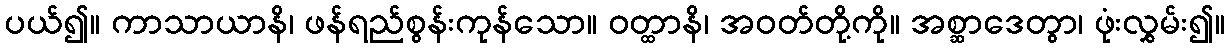
ပယ်၍။ ကာသာယာနိ၊ ဖန်ရည်စွန်းကုန်သော။ ဝတ္ထာနိ၊ အဝတ်တို့ကို။ အစ္ဆာဒေတွာ၊ ဖုံးလွှမ်း၍။